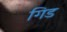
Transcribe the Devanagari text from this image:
गिड